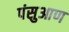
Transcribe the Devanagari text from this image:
पंसुआण